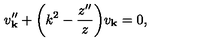
v _ { \bf k } ^ { \prime \prime } + \biggl ( k ^ { 2 } - { \frac { z ^ { \prime \prime } } { z } } \biggr ) v _ { \bf k } = 0 ,